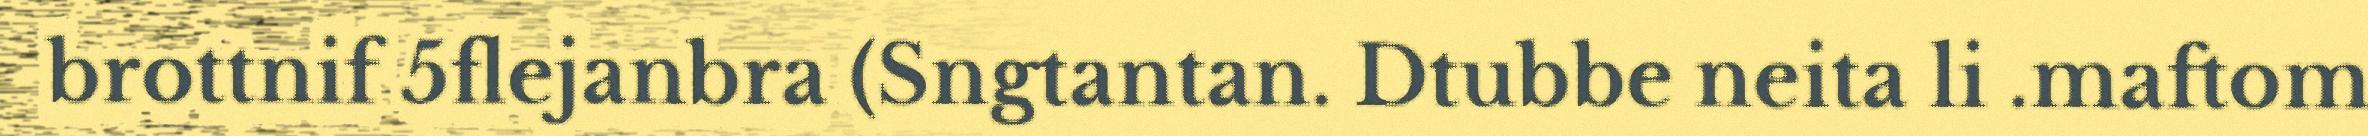
brottnif 5flejanbra (Sngtantan. Dtubbe neita li .maftom